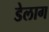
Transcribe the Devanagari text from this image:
डेलाग